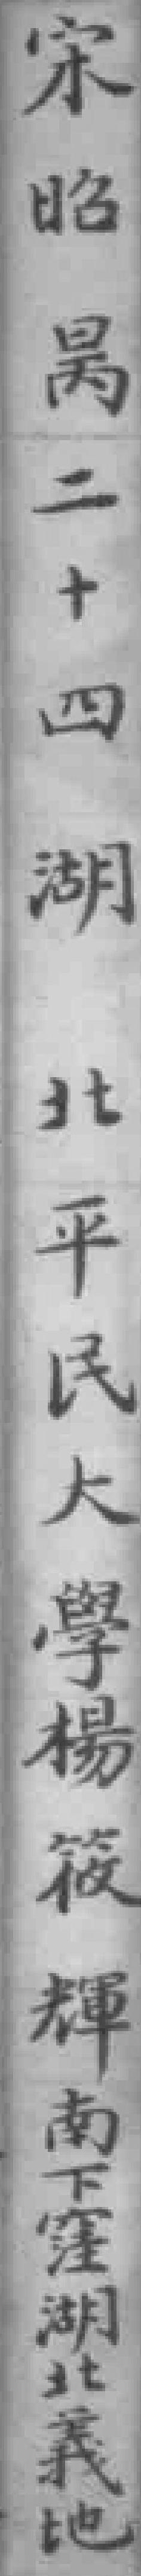
宋昭昺二十四湖北平民大學楊筱輝南下窪湖北義地